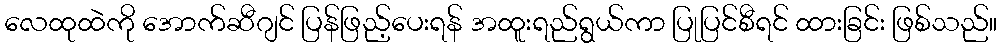
လေထုထဲကို အောက်ဆီဂျင် ပြန်ဖြည့်ပေးရန် အထူးရည်ရွယ်ကာ ပြုပြင်စီရင် ထားခြင်း ဖြစ်သည်။